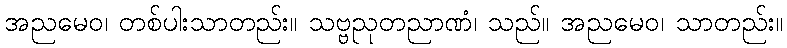
အညမေဝ၊ တစ်ပါးသာတည်း။ သဗ္ဗညုတညာဏံ၊ သည်။ အညမေဝ၊ သာတည်း။